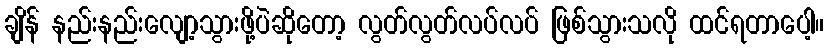
ချိန် နည်းနည်းလျော့သွားဖို့ပဲဆိုတော့ လွတ်လွတ်လပ်လပ် ဖြစ်သွားသလို ထင်ရတာပေါ့။